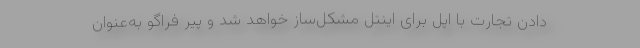
دادن تجارت با اپل برای اینتل مشکل‌ساز خواهد شد و پیر فراگو به‌عنوان